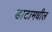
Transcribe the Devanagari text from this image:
डाटामधील